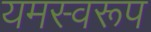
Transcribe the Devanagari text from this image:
यमस्वरूप